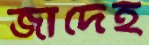
জাদেহ